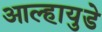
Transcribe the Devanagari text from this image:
आल्हायुडे